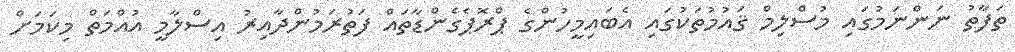
ތަފާތު ނަންނަމުގައި މުސްލިމް ޤައުމުތަކުގައި އެބައިމީހުންގެ ޕްރޮޕެގެންޑާތައް ފަތުރަމުންދާއިރު އިސްލާމީ އުއްމަތް މިކަމަށް